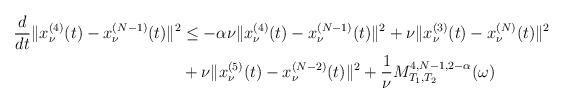
LaTeX: \begin{align*}\frac{d}{dt}\|x_\nu^{(4)}(t)-x_\nu^{(N-1)}(t)\|^2 &\leq -\alpha\nu\|x_\nu^{(4)}(t)-x_\nu^{(N-1)}(t)\|^2+\nu\|x_\nu^{(3)}(t)-x_\nu^{(N)}(t)\|^2 \\& +\nu\|x_\nu^{(5)}(t)-x_\nu^{(N-2)}(t)\|^2+\frac{1}{\nu}M_{T_1,T_2}^{4,N-1,2-\alpha}(\omega)\end{align*}